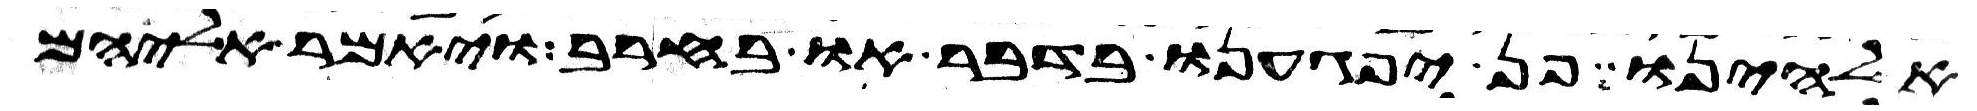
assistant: אלהינו פן יפגענו בדבר או בחרב ויאמר אליהם